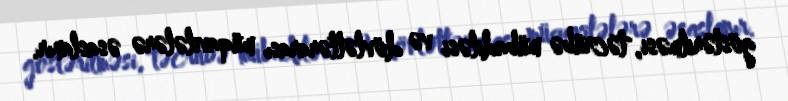
göstərilməsi, təcrübə mübadiləsi və dövlətlərarası müqavilələrə əsaslanır.